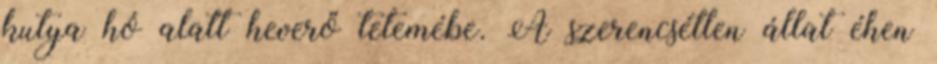
kutya hó alatt heverő tetemébe. A szerencsétlen állat éhen